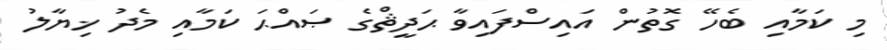
މި ކަމާއި ބެހޭ ގޮތުން އައިސްފައިވާ ޙަދީޘްގެ ޞައްޙަ ކަމާއި މެދު ޚިޔާލު